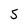
Character: 5